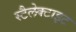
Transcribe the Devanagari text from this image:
स्टैलेक्टाइट